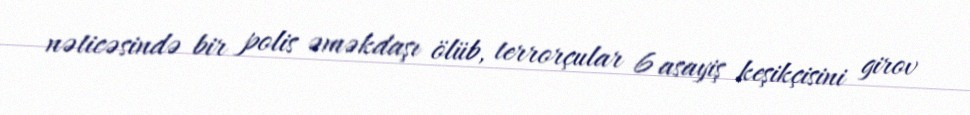
nəticəsində bir polis əməkdaşı ölüb, terrorçular 6 asayiş keşikçisini girov